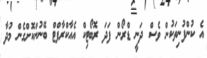
އެ ކުންފުނިތަކުން ވެސް ދަނީ ޑްރޯން ފަދަ ރޮބޯޓިކް އެއާކްރާފްޓް ބޭނުންކޮށްގެން މުދާ